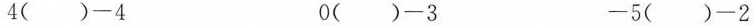
4()-4 0()-3 -5()-2